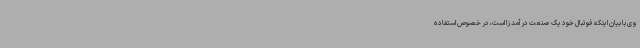
وی با بیان اینکه فوتبال خود یک صنعت درآمد زا است، در خصوص استفاده